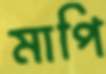
মাপি